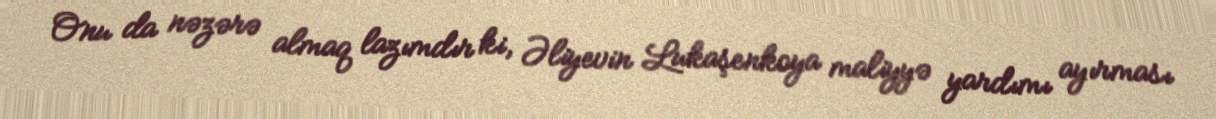
Onu da nəzərə almaq lazımdır ki, Əliyevin Lukaşenkoya maliyyə yardımı ayırması